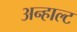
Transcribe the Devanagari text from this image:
अन्हाल्ट